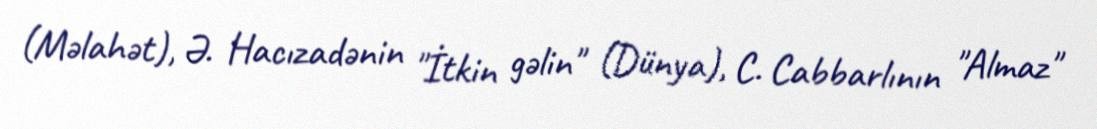
(Məlahət), Ə. Hacızadənin "İtkin gəlin" (Dünya), C. Cabbarlının "Almaz"